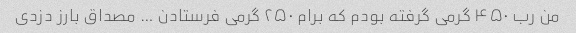
من رب ۴۵۰ گرمی گرفته بودم که برام ۲۵۰ گرمی فرستادن … مصداق بارز دزدی